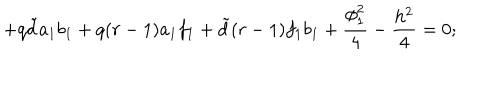
+ q { \tilde { d } } a _ { 1 } b _ { 1 } + q ( r - 1 ) a _ { 1 } f _ { 1 } + { \tilde { d } } ( r - 1 ) f _ { 1 } b _ { 1 } + \frac { \phi _ { 1 } ^ { 2 } } { 4 } - \frac { h ^ { 2 } } { 4 } = 0 ;